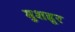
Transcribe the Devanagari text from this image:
मुशहूर